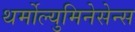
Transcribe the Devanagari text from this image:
थर्मोल्युमिनेसेन्स